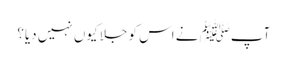
آپﷺ نے اس کو جلا کیوں نہیں دیا؟